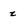
Character: z